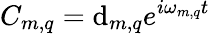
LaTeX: C_{m,q}=\mathrm{d}_{m,q}e^{i\omega_{m,q}t}